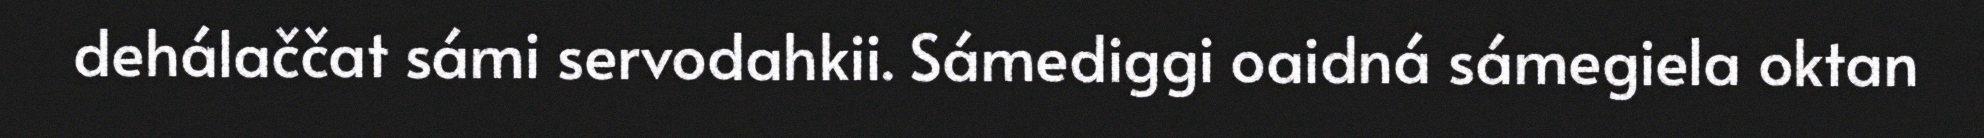
dehálaččat sámi servodahkii. Sámediggi oaidná sámegiela oktan